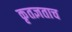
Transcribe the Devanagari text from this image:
कृतज्ञताच